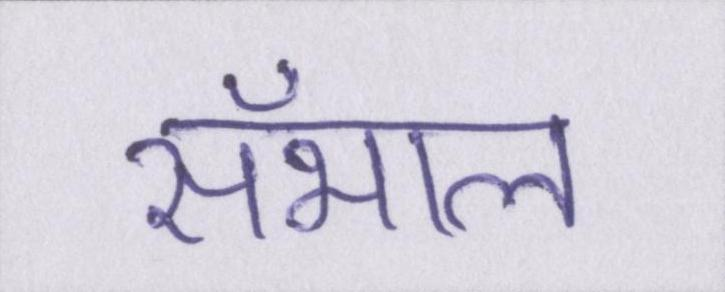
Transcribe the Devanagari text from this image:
सँभाल